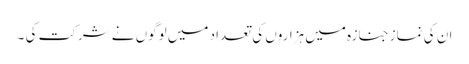
ان کی نماز جنازہ میں ہزاروں کی تعداد میں لوگوں نے شرکت کی ۔